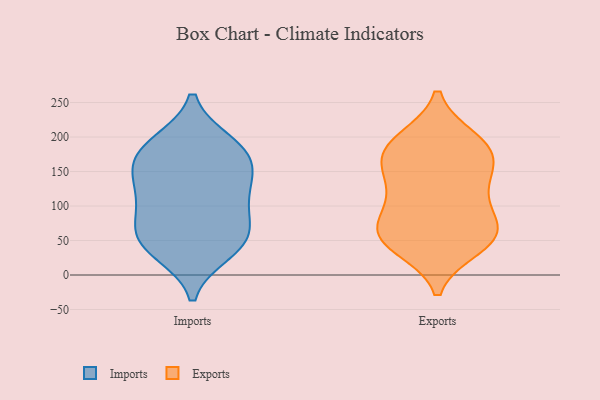
{"axis": {"x": "Latency (ms)", "y": "Value"}, "legend": ["Exports", "Imports"], "data": [{"x": "", "y": 141, "type": "Imports"}, {"x": "", "y": 102, "type": "Imports"}, {"x": "", "y": 188, "type": "Imports"}, {"x": "", "y": 124, "type": "Imports"}, {"x": "", "y": 100, "type": "Imports"}, {"x": "", "y": 149, "type": "Imports"}, {"x": "", "y": 42, "type": "Imports"}, {"x": "", "y": 171, "type": "Imports"}, {"x": "", "y": 51, "type": "Imports"}, {"x": "", "y": 191, "type": "Imports"}, {"x": "", "y": 56, "type": "Imports"}, {"x": "", "y": 67, "type": "Imports"}, {"x": "", "y": 174, "type": "Imports"}, {"x": "", "y": 34, "type": "Imports"}, {"x": "", "y": 58, "type": "Exports"}, {"x": "", "y": 161, "type": "Exports"}, {"x": "", "y": 56, "type": "Exports"}, {"x": "", "y": 166, "type": "Exports"}, {"x": "", "y": 86, "type": "Exports"}, {"x": "", "y": 183, "type": "Exports"}, {"x": "", "y": 132, "type": "Exports"}, {"x": "", "y": 196, "type": "Exports"}, {"x": "", "y": 47, "type": "Exports"}, {"x": "", "y": 65, "type": "Exports"}, {"x": "", "y": 128, "type": "Exports"}, {"x": "", "y": 195, "type": "Exports"}, {"x": "", "y": 62, "type": "Exports"}, {"x": "", "y": 176, "type": "Exports"}, {"x": "", "y": 109, "type": "Exports"}, {"x": "", "y": 41, "type": "Exports"}]}